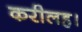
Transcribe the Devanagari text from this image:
करीलह।